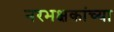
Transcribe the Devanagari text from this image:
नरभक्षकांच्या